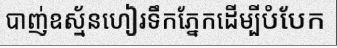
បាញ់ឧស្ម័នហៀរទឹកភ្នែកដើម្បីបំបែក